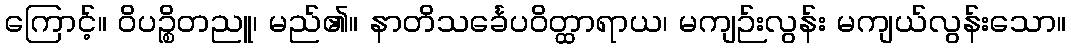
ကြောင့်။ ဝိပဉ္စိတညူ၊ မည်၏။ နာတိသင်္ခေပဝိတ္ထာရာယ၊ မကျဉ်းလွန်း မကျယ်လွန်းသော။